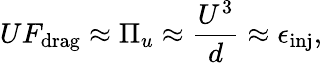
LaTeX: UF_{\mathrm{drag}}\approx\Pi_{u}\approx\frac{U^{3}}{d}\approx\epsilon_{\mathrm{inj}},